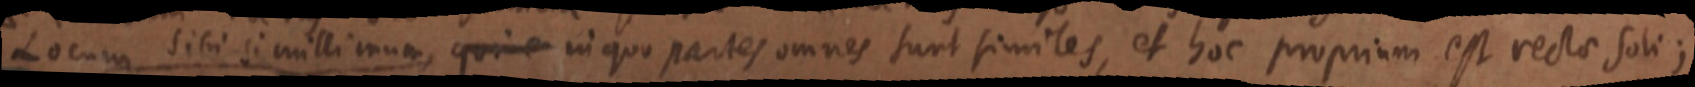
Locum sibi simillimum, qui e in quo partes omnes sunt similes, et hoc propriam est rectae soli;